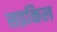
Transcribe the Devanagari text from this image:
सइकिल